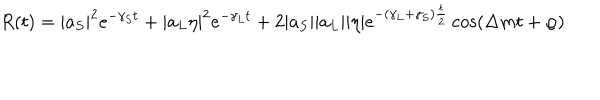
R ( t ) = | a _ { S } | ^ { 2 } e ^ { - \gamma _ { S } t } + | a _ { L } \eta | ^ { 2 } e ^ { - \gamma _ { L } t } + 2 | a _ { S } | | a _ { L } | | \eta | e ^ { - ( \gamma _ { L } + \gamma _ { S } ) { \frac { t } { 2 } } } \cos ( \Delta m t + \varphi )